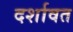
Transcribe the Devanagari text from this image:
दर्शावत